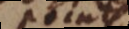
points